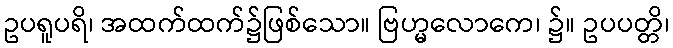
ဥပရူပရိ၊ အထက်ထက်၌ဖြစ်သော။ ဗြဟ္မလောကေ၊ ၌။ ဥပပတ္တိ၊